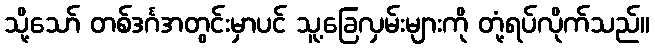
သို့သော် တစ်ဒင်္ဂအတွင်းမှာပင် သူ့ခြေလှမ်းများကို တုံ့ရပ်လိုက်သည်။